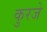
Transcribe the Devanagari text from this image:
कुरजे